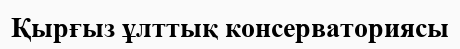
Қырғыз ұлттық консерваториясы